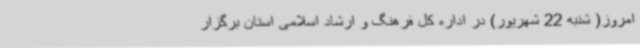
امروز( شنبه 22 شهریور) در اداره کل فرهنگ و ارشاد اسلامی استان برگزار